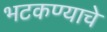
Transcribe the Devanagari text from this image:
भटकण्याचे